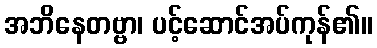
အဘိနေတဗ္ဗာ၊ ပင့်ဆောင်အပ်ကုန်၏။